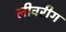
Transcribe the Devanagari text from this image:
लीवरीग